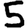
Digit: 5